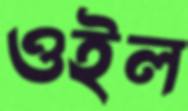
ওইল